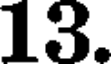
13.